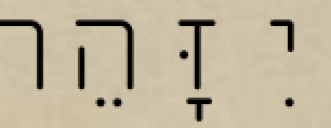
יִזָּהֵר